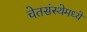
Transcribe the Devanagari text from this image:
चेतसंस्थेमध्ये